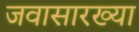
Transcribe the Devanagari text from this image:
जवासारख्या